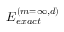
E _ { e x a c t } ^ { ( m = \infty , d ) }